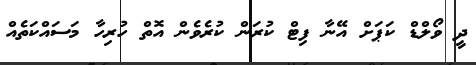
ދީ ވޯލްޑް ކަޕަށް އޭނާ ފިޓް ކުރަން ކުރެވެން އޮތް ހުރިހާ މަސައްކަތެއް